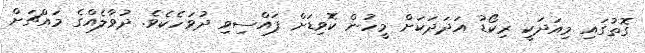
ގޮތުގައި މިއަދަކީ ރިކޯޑު އަދަދަކަށް މީހުން ކޮވިޑަށް ފައްސިވި ދުވަހެކެވެ. ދުވާލެއްގެ މައްޗަށް